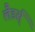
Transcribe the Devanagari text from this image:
लैडर्स्